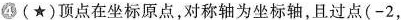
4(★)顶点在坐标原点，对称轴为坐标轴，且过点(-2，